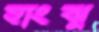
হাংঝু